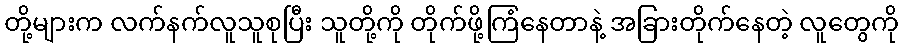
တို့များက လက်နက်လူသူစုပြီး သူတို့ကို တိုက်ဖို့ကြံနေတာနဲ့ အခြားတိုက်နေတဲ့ လူတွေကို